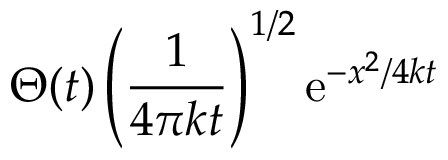
\Theta ( t ) \left( { \frac { 1 } { 4 \pi k t } } \right) ^ { 1 / 2 } \mathrm { e } ^ { - x ^ { 2 } / 4 k t }